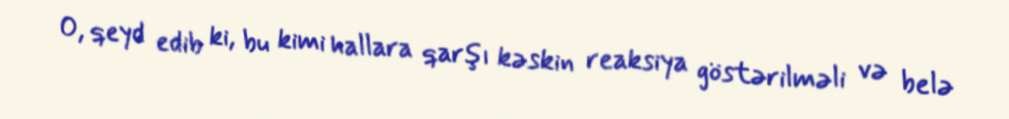
O, qeyd edib ki, bu kimi hallara qarşı kəskin reaksiya göstərilməli və belə